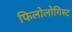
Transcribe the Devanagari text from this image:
फिलोलोगिस्ट